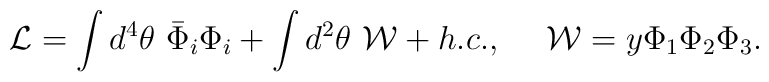
{\cal L}=\int d^4\theta \ \bar\Phi_i \Phi_i + \int d^2\theta \ {\cal W} +h.c., \  \ \ \  {\cal W}=y \Phi_1\Phi_2\Phi_3.